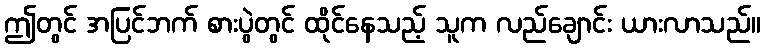
ဤတွင် အပြင်ဘက် စားပွဲတွင် ထိုင်နေသည့် သူက လည်ချောင်း ယားလာသည်။